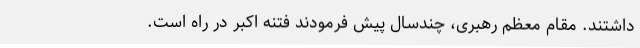
داشتند. مقام معظم رهبری، چندسال پیش فرمودند فتنه اکبر در راه است.